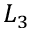
L _ { 3 }